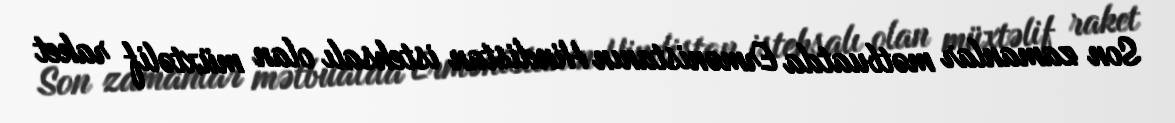
Son zamanlar mətbuatda Ermənistanın Hindistan istehsalı olan müxtəlif raket